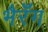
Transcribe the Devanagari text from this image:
भैरँग